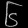
Digit: ၆